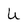
Character: U